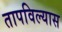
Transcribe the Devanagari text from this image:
तापविल्यास